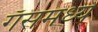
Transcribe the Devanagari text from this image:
गॅसमध्ये